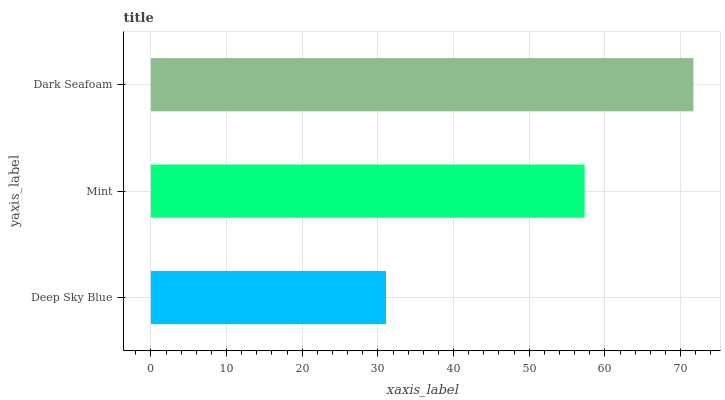
| yaxis_label | bars |
 | --- | --- |
 | Deep Sky Blue | 31.1 |
 | Mint | 57.3 |
 | Dark Seafoam | 71.7 |